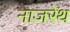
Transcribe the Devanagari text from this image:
नाजरेथ